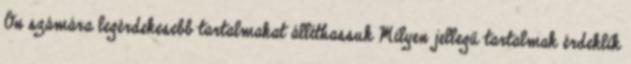
Ön számára legérdekesebb tartalmakat állíthassuk Milyen jellegű tartalmak érdeklik